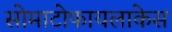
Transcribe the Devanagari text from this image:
सोमाटोफायलाकेस